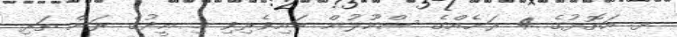
ޅ. އަތޮޅުގެ 4 ރަށެއްގެ ސްކޫލުން ބައިވެރިވި މި ޢީދުގެ ރަން ތަރި